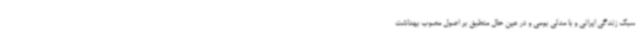
سبک زندگی ایرانی و با مدلی بومی و در عین حال منطبق بر اصول مصوب بهداشت